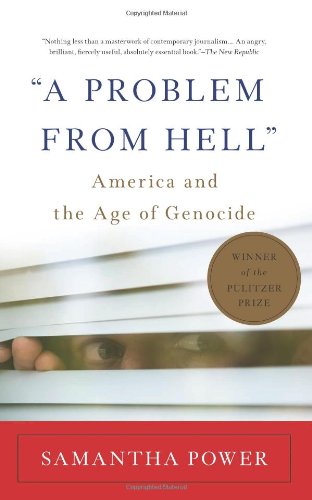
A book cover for "A Problem From Hell": America and the Age of Genocide; Samantha Power; Politics & Social Sciences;